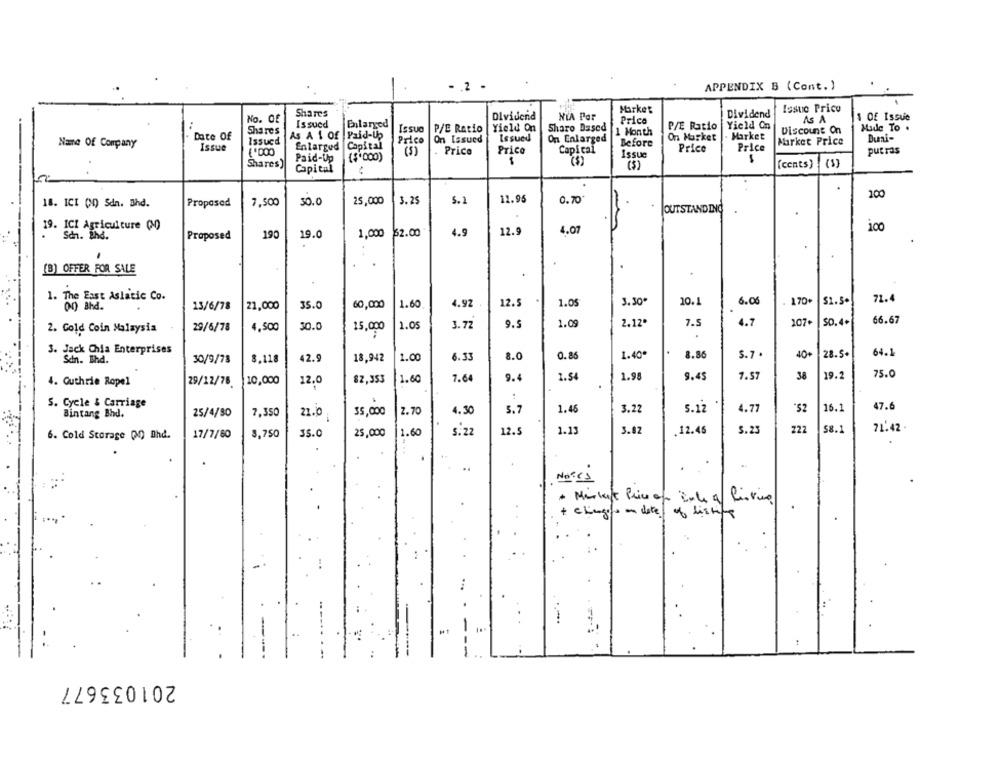
-. 2 .
APPENDIX B (Cont. )
Shares
WIA Por
Market
Dividend
Issue Price
No. Of
Issued
Dividend
Price
AS A
1 Of Issue
Shares
Enlarged
ISsua
P/E Ratio
Yield On
Sharo Dased
P/E Ratio
Yield On
Discount On
Made To .
Date Of
As A 1 Of Paid-Up
On Issued
Issued
On Enlarged
1 Month
On Market
- Market
Name Of Company
Issued
Prico
Before
Market Price
Issue
Enlarged
Capital
(5)
Price
Price
Capital
Price
Price
putras
Paid-Up
{$'000)
Issue
Shares)
($)
(cents)
(3)
Capital
11.96
0.70*
200
18. ICI (0) Sdn. Bhd.
Proposed
7,500
30. 0
25,000
3. 25
5.1
OUTSTANDING
19. ICI Agriculture (MO)
4.07
100
San . Und .
Proposed
190
19.0
1,000
32.00
4.9
12.9
(B) OFFER FOR SALE
1. The East Aslatic Co.
71.4
35.0
60,000
1.60
4.92
12.5
1.05
3.30*
10.1
6.08
170+
$1.5.
00 Bhd.
13/6/78
21,000
66.67
29/6/78
4,500
30.0
1.05
3.72
9.5
1.09
2.12ª
7.5
4.7
107.
SO.4+
2. Gold Coin Malaysia
15,000
3. Jack Chia Enterprises
42.9
18,942
1.00
6.33
8.0
0.86
1.40*
8.86
S.7 .
40+
28.5+
64.1
San . Bhd .
30/9/78
8,118
75.0
10,000
82,353
1.60
7.64
9.4
1.54
1.98
9.45
1.57
38
19.2
4. Guthrie Ropel
29/12/78
12.
.
S. Cycle & Carriage
25/4/30
2.70
4.30
5.7
1.46
3.22
5.12
4.77
*$2
16.1
47.6
Bintang Bhd.
7,350
21.0
35,000
71.42
6. Cold Storage (0) Dhd.
17/7/60
3,750
35.0
25,000
1.60
S. 22
12.5
1.13
3.82
.12.45
5.23
58.1
NOCES
· Market Price of Sale a living
+ Chingis on date of listing
-
--
201033677